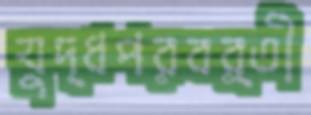
যুদ্ধপরবর্তী